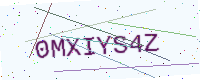
Text: 0MXIYS4Z